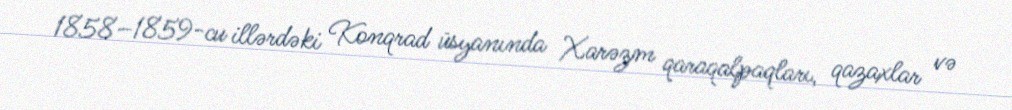
1858–1859-cu illərdəki Konqrad üsyanında Xarəzm qaraqalpaqları, qazaxlar və